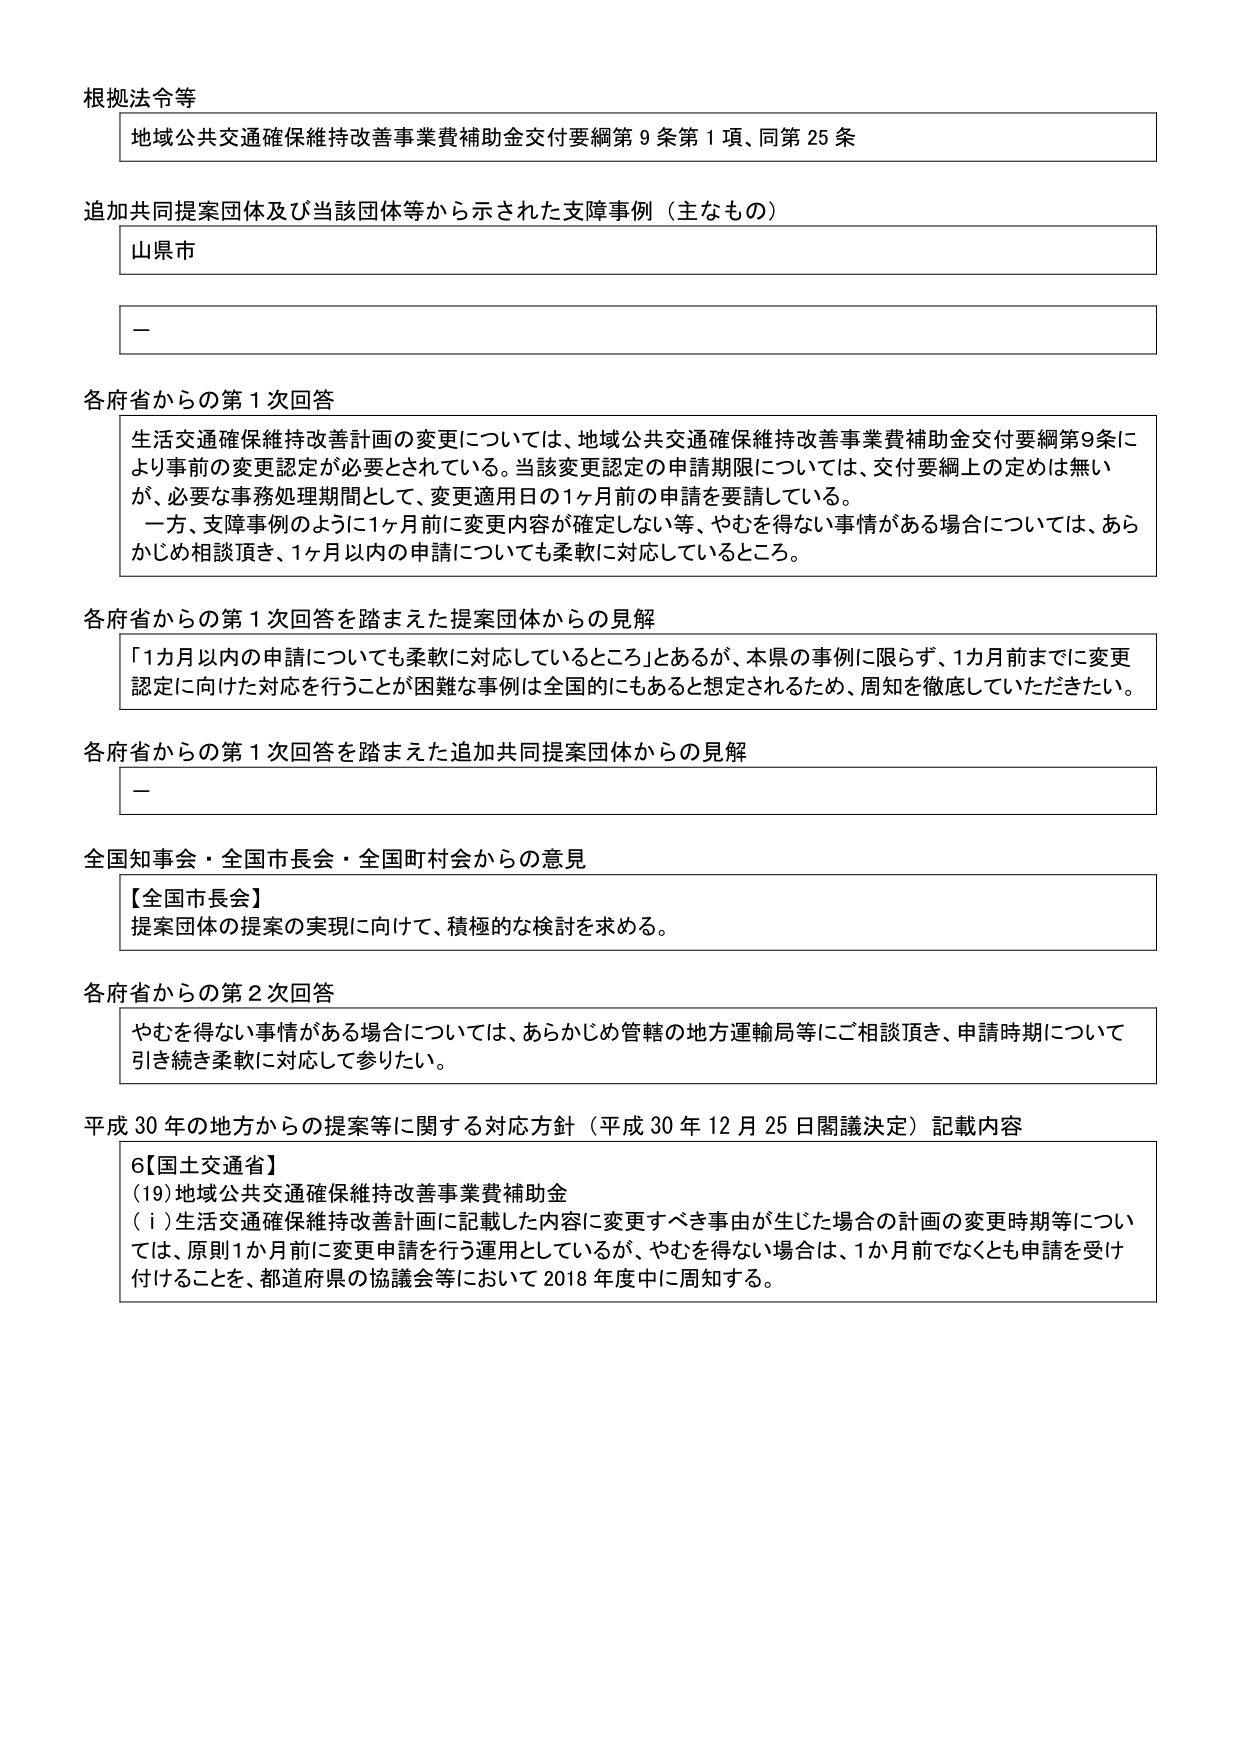
根拠法令等
地域公共交通確保維持改善事業費補助金交付要綱第９条第１項、同第25条

追加共同提案団体及び当該団体等から示された支障事例（主なもの）
山県市
－

各府省からの第１次回答
生活交通確保維持改善計画の変更については、地域公共交通確保維持改善事業費補助金交付要綱第9条により事前の変更認定が必要とされている。当該変更認定の申請期限については、交付要綱上の定めは無いが、必要な事務処理期間として、変更適用日の1ヶ月前の申請を要請している。
一方、支障事例のように1ヶ月前に変更内容が確定しない等、やむを得ない事情がある場合については、あらかじめ相談頂き、1ヶ月以内の申請についても柔軟に対応しているところ。

各府省からの第１次回答を踏まえた提案団体からの見解
「1カ月以内の申請についても柔軟に対応しているところ」とあるが、本県の事例に限らず、1カ月前までに変更認定に向けた対応を行うことが困難な事例は全国的にもあると想定されるため、周知を徹底していただきたい。

各府省からの第１次回答を踏まえた追加共同提案団体からの見解
－

全国知事会・全国市長会・全国町村会からの意見
【全国市長会】
提案団体の提案の実現に向けて、積極的な検討を求める。

各府省からの第２次回答
やむを得ない事情がある場合については、あらかじめ管轄の地方運輸局等にご相談頂き、申請時期について引き続き柔軟に対応して参りたい。

平成30年の地方からの提案等に関する対応方針（平成30年12月25日閣議決定）記載内容
6【国土交通省】
(19)地域公共交通確保維持改善事業費補助金
（ⅰ）生活交通確保維持改善計画に記載した内容に変更すべき事由が生じた場合の計画の変更時期等については、原則1か月前に変更申請を行う運用としているが、やむを得ない場合は、1か月前でなくとも申請を受け付けることを、都道府県の協議会等において2018年度中に周知する。